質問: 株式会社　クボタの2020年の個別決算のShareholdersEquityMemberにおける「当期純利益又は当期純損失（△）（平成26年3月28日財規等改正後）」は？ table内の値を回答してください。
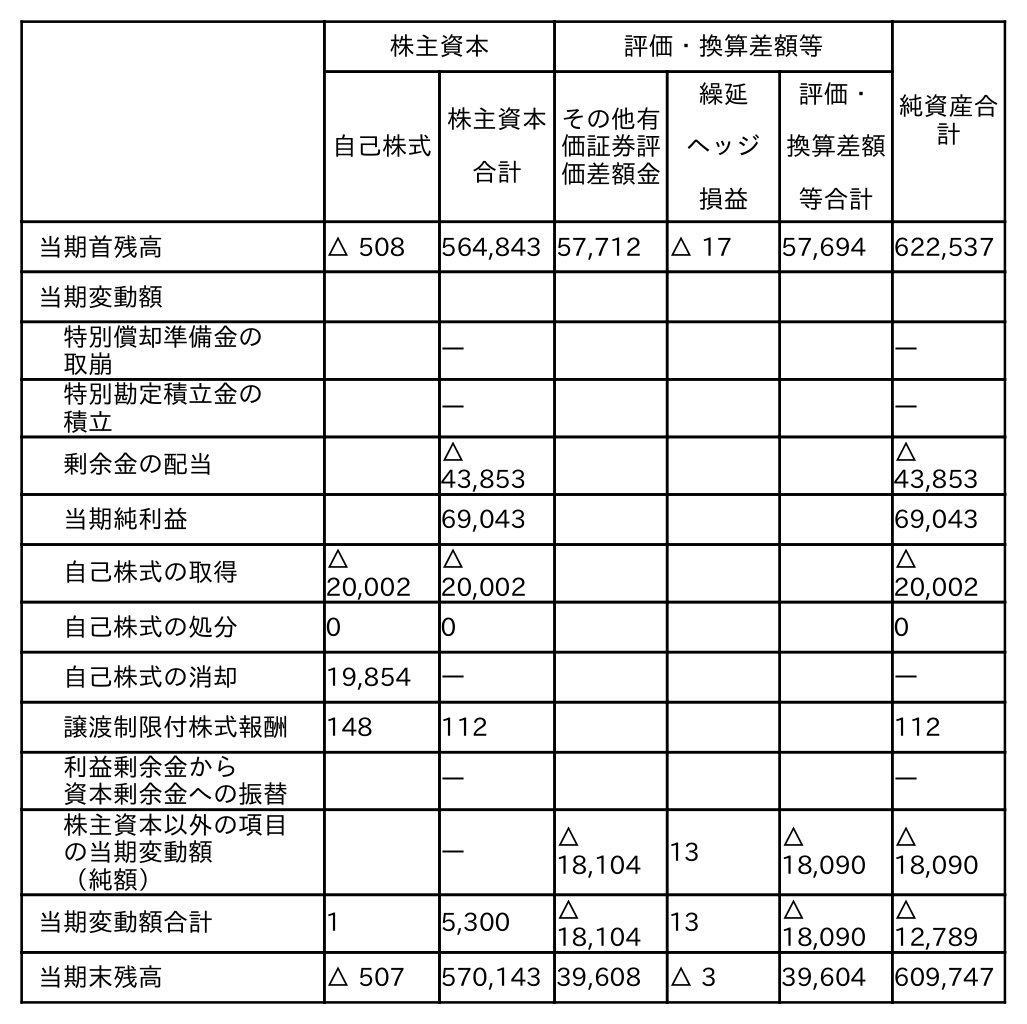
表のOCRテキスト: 株主資本 評価・換算差額等 純資産合 計 自己株式 株主資本 合計 その他有 価証券評 価差額金 繰延 ヘッジ 損益 評価・ 換算差額 等合計 当期首残高 △ 508 564,843 57,712 △ 17 57,694 622,537 当期変動額 特別償却準備金の 取崩 ― ― 特別勘定積立金の 積立 ― ― 剰余金の配当 △ 43,853 △ 43,853 当期純利益 69,043 69,043 自己株式の取得 △ 20,002 △ 20,002 △ 20,002 自己株式の処分 0 0 0 自己株式の消却 19,854 ― ― 譲渡制限付株式報酬 148 112 112 利益剰余金から 資本剰余金への振替 ― ― 株主資本以外の項目 の当期変動額 （純額） ― △ 18,104 13 △ 18,090 △ 18,090 当期変動額合計 1 5,300 △ 18,104 13 △ 18,090 △ 12,789 当期末残高 △ 507 570,143 39,608 △ 3 39,604 609,747
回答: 69,043